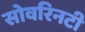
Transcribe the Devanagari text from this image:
सोवरिनटी